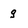
Character: g